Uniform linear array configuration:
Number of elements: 32
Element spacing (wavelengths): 0.5
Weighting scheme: blackman
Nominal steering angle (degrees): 60
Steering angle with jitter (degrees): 59.757
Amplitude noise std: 0.05
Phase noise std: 0.05

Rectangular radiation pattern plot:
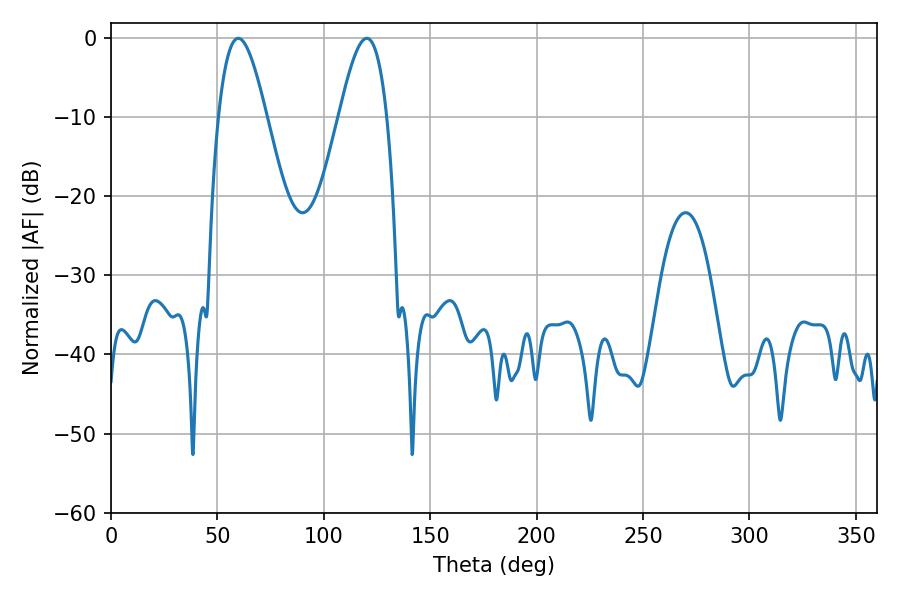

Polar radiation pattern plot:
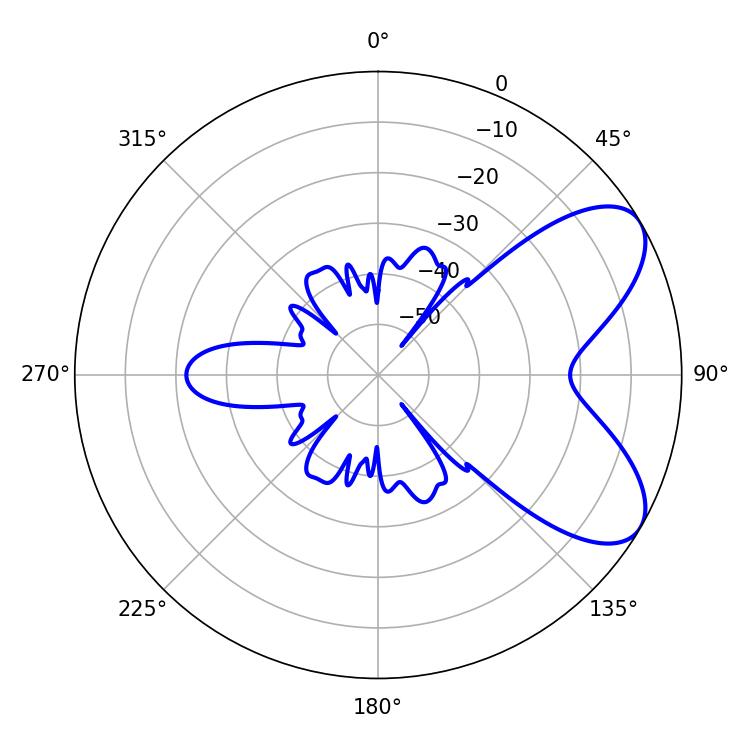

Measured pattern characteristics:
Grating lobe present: FALSE
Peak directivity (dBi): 6.929
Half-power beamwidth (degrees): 12.06
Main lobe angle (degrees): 59.76